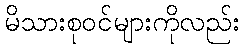
မိသားစုဝင်များကိုလည်း